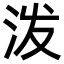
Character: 泼